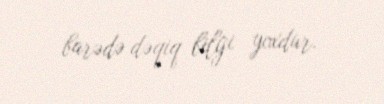
barədə dəqiq bilgi yoxdur.